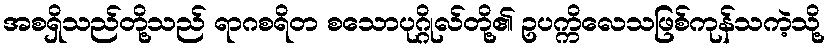
အစရှိသည်တို့သည် ရာဂစရိတ စသောပုဂ္ဂိုလ်တို့၏ ဥပက္ကိလေသဖြစ်ကုန်သကဲ့သို့